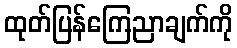
ထုတ်ပြန်ကြေညာချက်ကို